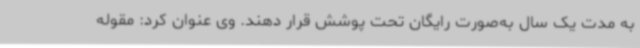
به مدت یک سال به‌صورت رایگان تحت پوشش قرار دهند. وی عنوان کرد: مقوله